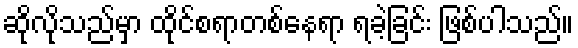
ဆိုလိုသည်မှာ ထိုင်စရာတစ်နေရာ ရခဲ့ခြင်း ဖြစ်ပါသည်။